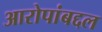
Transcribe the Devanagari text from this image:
आरोपांबद्दल